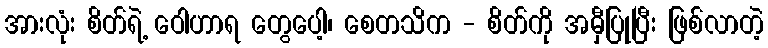
အားလုံး စိတ်ရဲ့ ဝေါဟာရ တွေပေါ့၊ စေတသိက - စိတ်ကို အမှီပြုပြီး ဖြစ်လာတဲ့